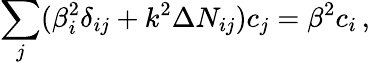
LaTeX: \sum_{j}(\beta_{i}^{2}\delta_{ij}+k^{2}\Delta N_{ij})c_{j}=\beta^{2}c_{i}\, ,